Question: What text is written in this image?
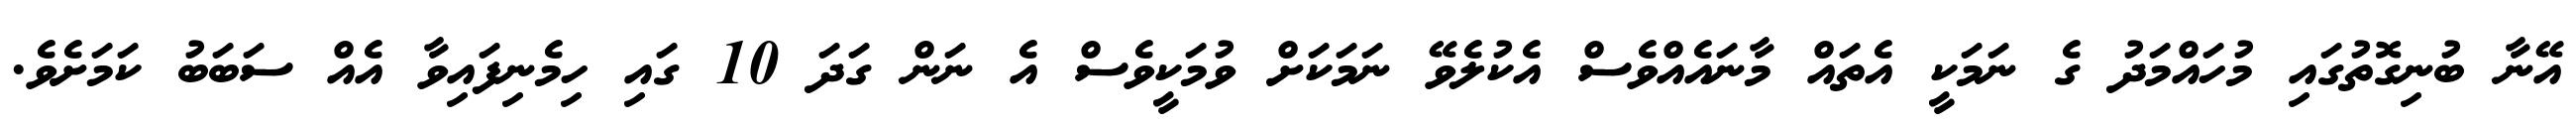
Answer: އޭނާ ބުނިގޮތުގައި މުހައްމަދު ގެ ނަމަކީ އެތައް މާނައެއްވެސް އެކުލެވޭ ނަމަކަށް ވުމަކީވެސް އެ ނަން ގަދަ 10 ގައި ހިމެނިފައިވާ އެއް ސަބަބު ކަމަށެވެ.